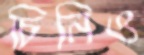
চিনিও